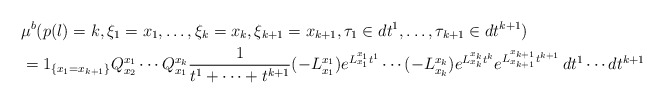
\begin{align*}&\mu^b(p(l)=k, \xi_1=x_1, \ldots, \xi_k=x_k, \xi_{k+1}=x_{k+1},\tau_1\in dt^1, \ldots, \tau_{k+1}\in dt^{k+1})\\&=1_{\{x_1=x_{k+1}\}}Q_{x_2}^{x_1}\cdots Q_{x_1}^{x_k} \frac{1}{t^1+\cdots+t^{k+1}}(-L^{x_1}_{x_1})e^{L_{x_1}^{x_1}t^1}\cdots (-L^{x_k}_{x_k})e^{L_{x_k}^{x_k}t^k}e^{L_{x_{k+1}}^{x_{k+1}}t^{k+1}}\,dt^1\cdots dt^{k+1}\end{align*}